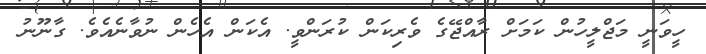
ހީވަނީ މަޖްލީހުން ކަމަށް ރާއްޖޭގެ ވެރިކަން ކުރަންވީ. އެކަން އެހެން ނުވާނެއެވެ. ގާނޫނު